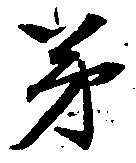
弟